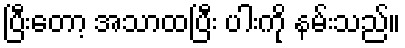
ပြီးတော့ အသာထပြီး ပါးကို နမ်းသည်။